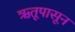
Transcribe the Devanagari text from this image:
ऋतूपासून